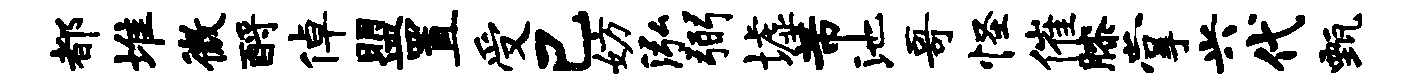
都堆微酹倬盟置受己妨泓弼墟芾池哥怪催膝掌兴代甄